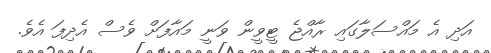
އަދި އެ މައްސަލާގައި ރާއްޖެ ޓީވީން ވަނީ މައާފަށް ވެސް އެދިފަ އެވެ.